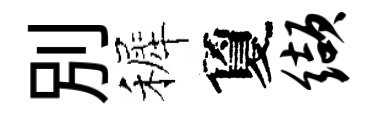
別裤夐缬